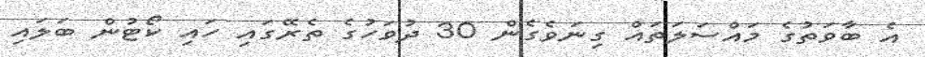
އެ ބާވަތުގެ މައްސަލަތައް ގިނަވެގެން 30 ދުވަހުގެ ތެރޭގައި ހައި ކޯޓުން ބަލައި